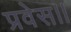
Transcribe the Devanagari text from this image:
प्रवेस।।